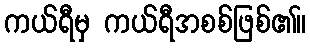
ကယ်ရီမှ ကယ်ရီအစစ်ဖြစ်၏။